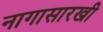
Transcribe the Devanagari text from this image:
नागासारखी